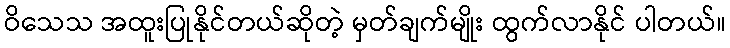
ဝိသေသ အထူးပြုနိုင်တယ်ဆိုတဲ့ မှတ်ချက်မျိုး ထွက်လာနိုင် ပါတယ်။